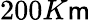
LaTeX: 200K\mathsf{m}